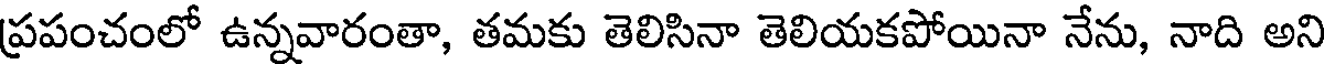
ప్రపంచంలో ఉన్నవారంతా, తమకు తెలిసినా తెలియకపోయినా నేను, నాది అని